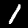
Label: 1